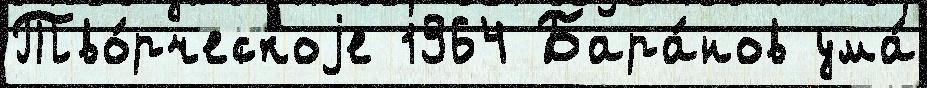
Тво́рческоjе 1964 Бара́нов ума́